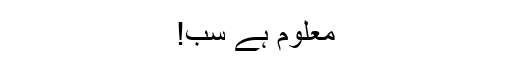
معلوم ہے سب!